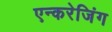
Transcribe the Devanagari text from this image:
एन्करेजिंग